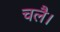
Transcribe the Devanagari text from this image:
चलै।